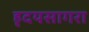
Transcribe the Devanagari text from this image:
हृदयसागरा